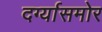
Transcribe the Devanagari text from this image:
दर्ग्यासमोर